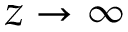
z \rightarrow \infty